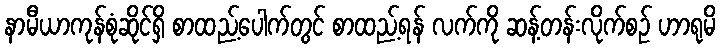
နာမီယာကုန်စုံဆိုင်ရှိ စာထည့်ပေါက်တွင် စာထည့်ရန် လက်ကို ဆန့်တန်းလိုက်စဉ် ဟာရုမိ